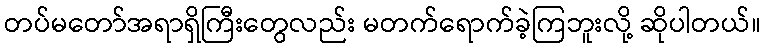
တပ်မတော်အရာရှိကြီးတွေလည်း မတက်ရောက်ခဲ့ကြဘူးလို့ ဆိုပါတယ်။